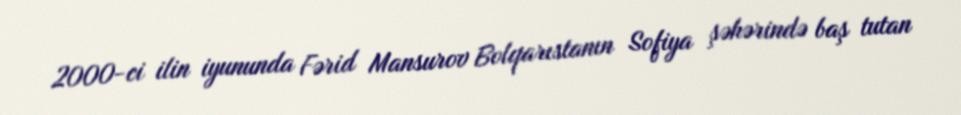
2000-ci ilin iyununda Fərid Mansurov Bolqarıstanın Sofiya şəhərində baş tutan